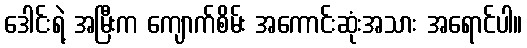
ဒေါင်းရဲ့ အမြီးက ကျောက်စိမ်း အကောင်းဆုံးအသား အရောင်ပါ။